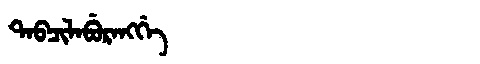
Manchu: ᡨᠠᠪᠴᡳᠯᠠᠪᡠᡵᠠᠩᡤᡝ
Romanization: TABCILABURANGGE